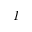
\boldsymbol { I }